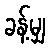
ခန့်မျှ